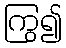
ကြွ၍